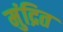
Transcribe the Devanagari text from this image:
मुंद्रित